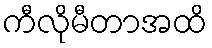
ကီလိုမီတာအထိ